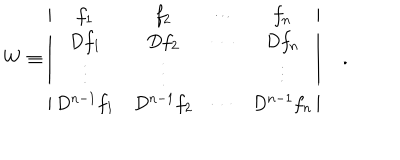
W \equiv \left| \begin{matrix} { { f _ { 1 } } } & { { f _ { 2 } } } & { { \cdots } } & { { f _ { n } } } \\ { { D f _ { 1 } } } & { { D f _ { 2 } } } & { { \cdots } } & { { D f _ { n } } } \\ { { \vdots } } & { { \vdots } } & { { } } & { { \vdots } } \\ { { D ^ { n - 1 } f _ { 1 } } } & { { D ^ { n - 1 } f _ { 2 } } } & { { \cdots } } & { { D ^ { n - 1 } f _ { n } } } \\ \end{matrix} \right| \quad .